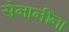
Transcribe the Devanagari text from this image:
सेनानींना